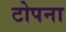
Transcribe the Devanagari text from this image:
टोपना